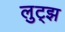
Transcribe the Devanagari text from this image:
लुट्झ